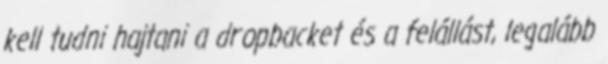
kell tudni hajtani a dropbacket és a felállást, legalább